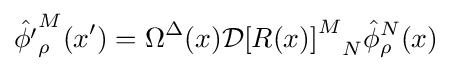
{\hat {\phi '}}_{\rho }^{M}(x')=\Omega ^{\Delta }(x){\mathcal {D}}{\left[R(x)\right]^{M}}_{N}{\hat {\phi }}_{\rho }^{N}(x)